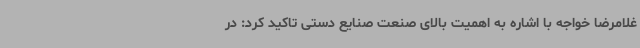
غلامرضا خواجه با اشاره به اهمیت بالای صنعت صنایع دستی تاکید کرد: در